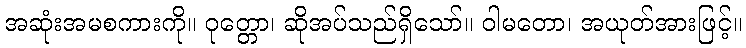
အဆုံးအမစကားကို။ ဝုတ္တော၊ ဆိုအပ်သည်ရှိသော်။ ဝါမတော၊ အယုတ်အားဖြင့်။